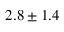
2 . 8 \pm 1 . 4